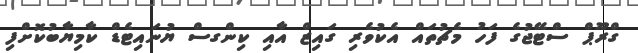
ގްރޫޕް ސްޓޭޖުގެ ފަހު މެޗުތައް އެކުވެރި ގައިޒް އާއި ކިންގސް ޔުނައިޓެޑް ކާމިޔާބުކޮށްފި